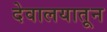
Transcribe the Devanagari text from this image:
देवालयातून